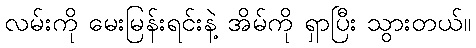
လမ်းကို မေးမြန်းရင်းနဲ့ အိမ်ကို ရှာပြီး သွားတယ်။